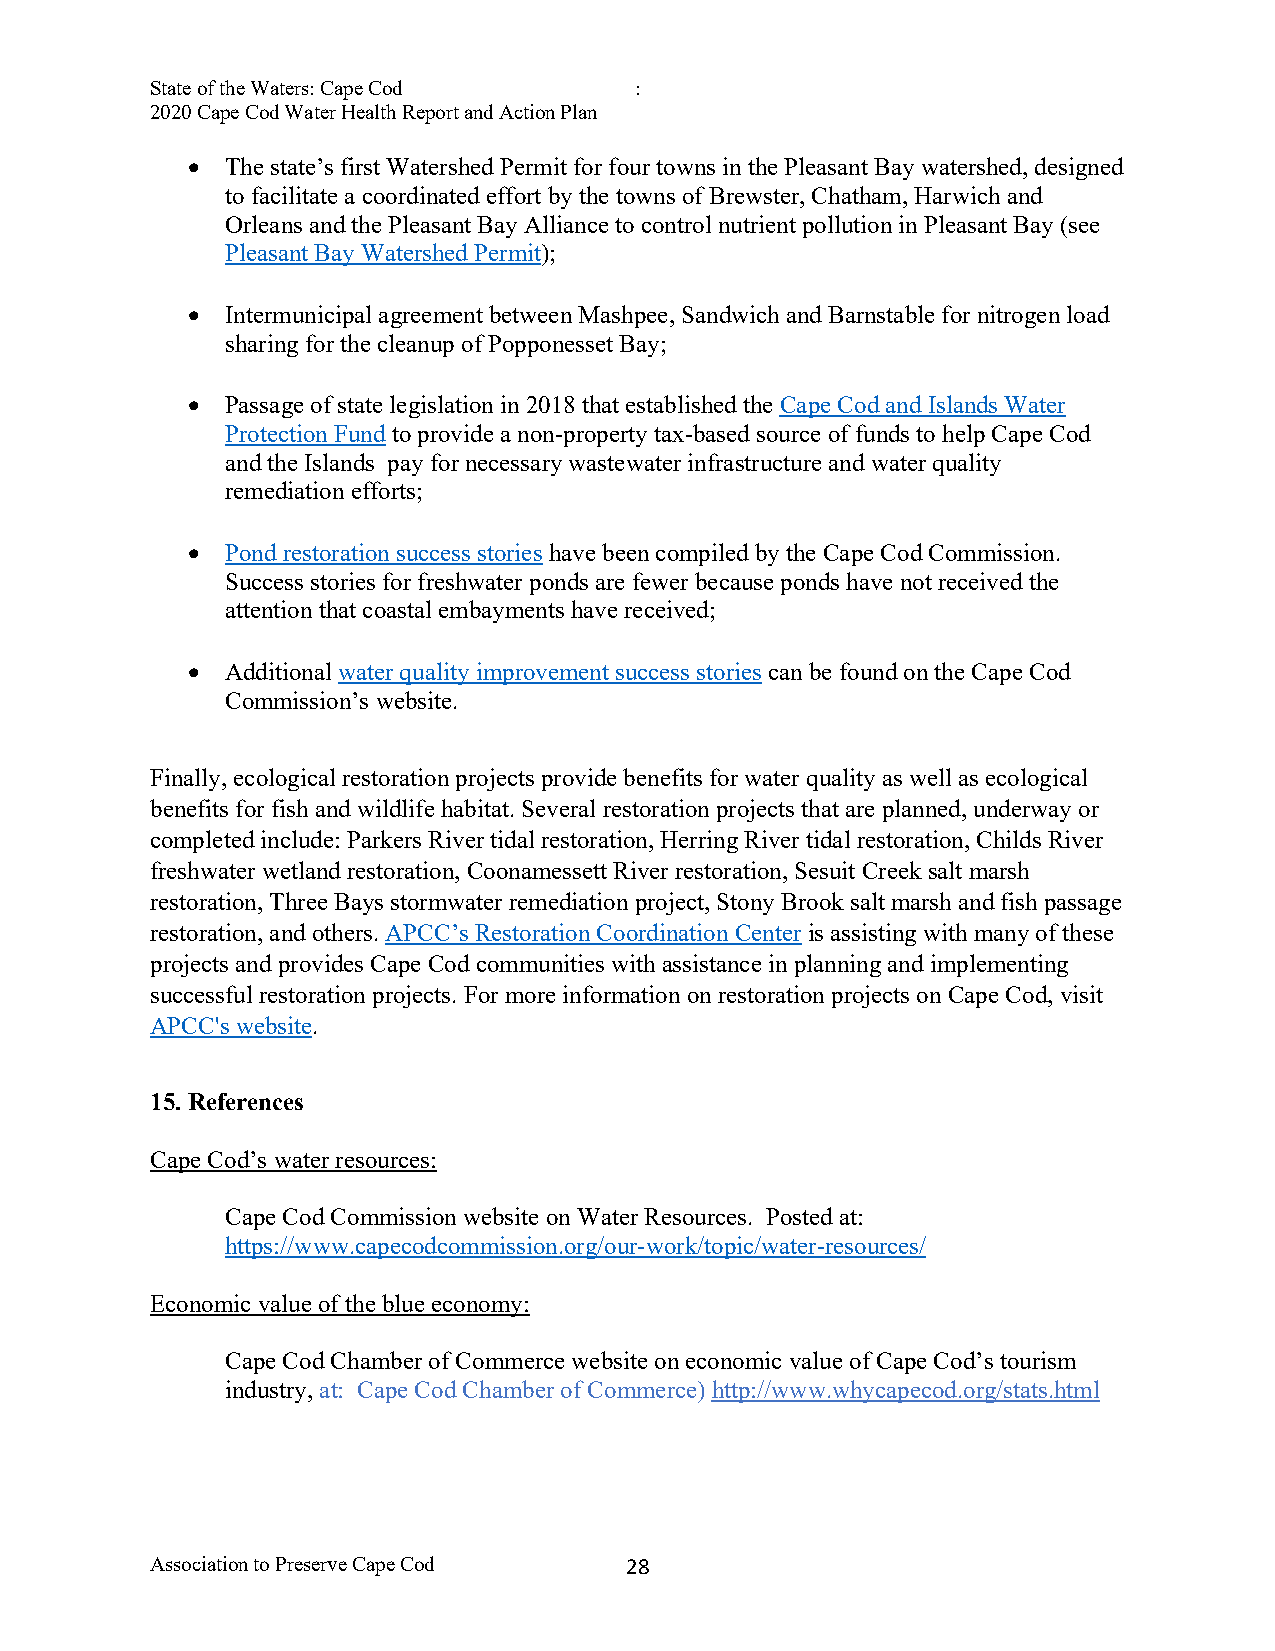
State of the Waters: Cape Cod   :
 2020 Cape Cod Water Health Report and Action Plan
 •  The state’s first Watershed Permit for four towns in the Pleasant Bay watershed, designed
 to facilitate a coordinated effort by the towns of Brewster, Chatham, Harwich and
 Orleans and the Pleasant Bay Alliance to control nutrient pollution in Pleasant Bay (see
 Pleasant Bay Watershed Permit);
 •  Intermunicipal agreement between Mashpee, Sandwich and Barnstable for nitrogen load
 sharing for the cleanup of Popponesset Bay;
 •  Passage of state legislation in 2018 that established the Cape Cod and Islands Water
 Protection Fund to provide a non-property tax-based source of funds to help Cape Cod
 and the Islands pay for necessary wastewater infrastructure and water quality
 remediation efforts;
 •  Pond restoration success stories have been compiled by the Cape Cod Commission.
 Success stories for freshwater ponds are fewer because ponds have not received the
 attention that coastal embayments have received;
 •  Additional water quality improvement success stories can be found on the Cape Cod
 Commission’s website.
 Finally, ecological restoration projects provide benefits for water quality as well as ecological
 benefits for fish and wildlife habitat. Several restoration projects that are planned, underway or
 completed include: Parkers River tidal restoration, Herring River tidal restoration, Childs River
 freshwater wetland restoration, Coonamessett River restoration, Sesuit Creek salt marsh
 restoration, Three Bays stormwater remediation project, Stony Brook salt marsh and fish passage
 restoration, and others. APCC’s Restoration Coordination Center is assisting with many of these
 projects and provides Cape Cod communities with assistance in planning and implementing
 successful restoration projects. For more information on restoration projects on Cape Cod, visit
 APCC's website.
 15. References
 Cape Cod’s water resources:
 Cape Cod Commission website on Water Resources. Posted at:
 https://www.capecodcommission.org/our-work/topic/water-resources/
 Economic value of the blue economy:
 Cape Cod Chamber of Commerce website on economic value of Cape Cod’s tourism
 industry, at: Cape Cod Chamber of Commerce) http://www.whycapecod.org/stats.html
 Association to Preserve Cape Cod 2 8